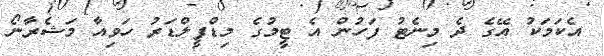
އެކަމަކު އޭގެ ދެ މިނެޓު ފަހުން އެ ޓީމުގެ މިޑްފީލްޑަރު ހަވިއާ މަޝެރާނޯ